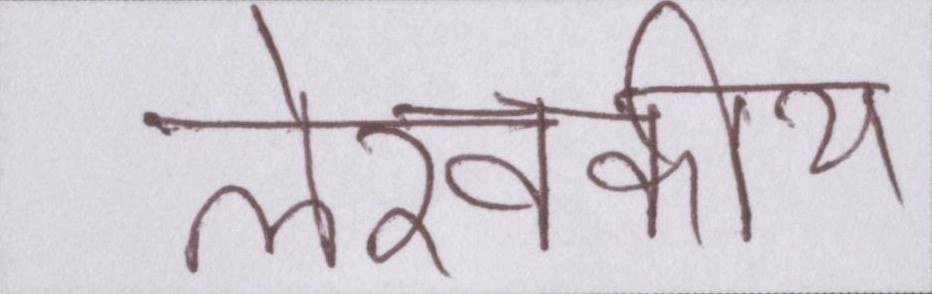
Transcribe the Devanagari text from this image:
लेखकीय